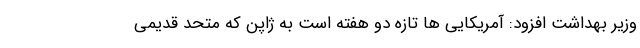
وزیر بهداشت افزود: آمریکایی ها تازه دو هفته است به ژاپن که متحد قدیمی